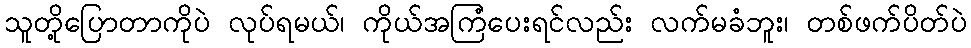
သူတို့ပြောတာကိုပဲ လုပ်ရမယ်၊ ကိုယ်အကြံပေးရင်လည်း လက်မခံဘူး၊ တစ်ဖက်ပိတ်ပဲ